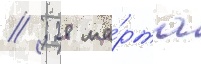
// ; 28 ма́рта